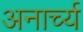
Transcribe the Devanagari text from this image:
अनार्च्य